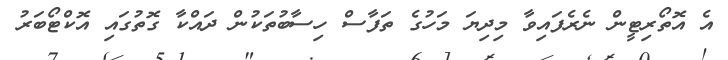
އެ އޮތޯރިޓީން ނެރެފައިވާ މިދިޔަ މަހުގެ ތަފާސް ހިސާބުތަކުން ދައްކާ ގޮތުގައި އޮކްޓޯބަރު